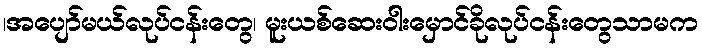
၊အပျော်မယ်လုပ်ငန်းတွေ၊ မူးယစ်ဆေးဝါးမှောင်ခိုလုပ်ငန်းတွေသာမက